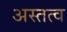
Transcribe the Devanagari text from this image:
अस्तत्व